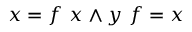
x = f \ x \land y \ f = x